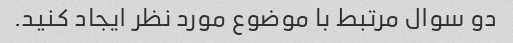
دو سوال مرتبط با موضوع مورد نظر ایجاد کنید.